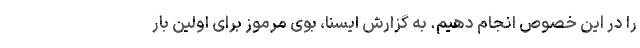
را در این خصوص انجام دهیم. به گزارش ایسنا، بوی مرموز برای اولین بار